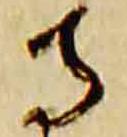
寺